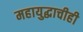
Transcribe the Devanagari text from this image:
महायुद्धाचीही